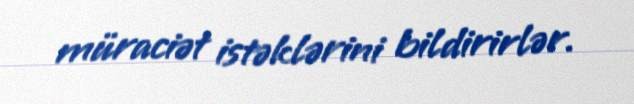
müraciət istəklərini bildirirlər.